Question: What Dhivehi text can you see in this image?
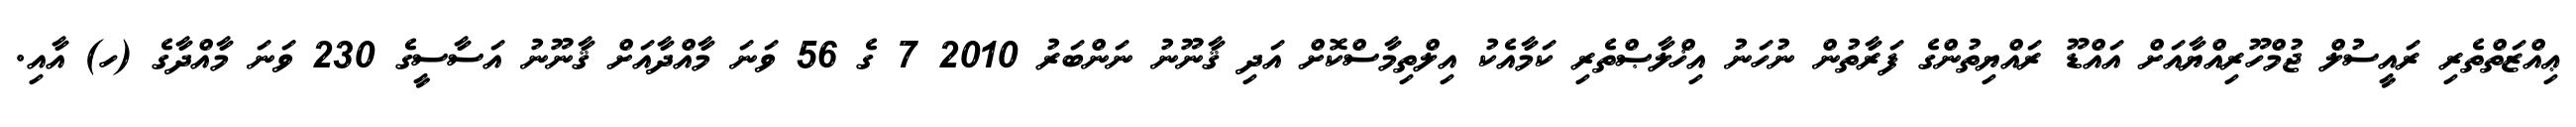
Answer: ޢިއްޒަތްތެރި ރައީސުލް ޖުމްހޫރިއްޔާއަށް އައްޑޫ ރައްޔިތުންގެ ފަރާތުން ނުހަނު އިޚްލާޞްތެރި ކަމާއެކު އިލްތިމާސްކޮށް އަދި ޤާނޫނު ނަންބަރު 2010 7 ގެ 56 ވަނަ މާއްދާއަށް ޤާނޫނު އަސާސީގެ 230 ވަނަ މާއްދާގެ (ހ) އާއި.